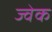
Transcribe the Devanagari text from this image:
ज्वेक